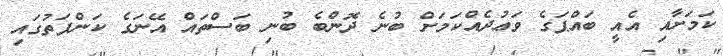
ކަމަށާއި އެއީ ބައްޕަގެ ވަޢުދެއްކަމަށް ބުނެ ދޮންބެ ބުނި ބަސްތައް އޭނަގެ ކަންފަތުގައި